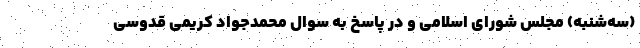
(سه‌شنبه) مجلس شورای اسلامی و در پاسخ به سوال محمدجواد کریمی قدوسی